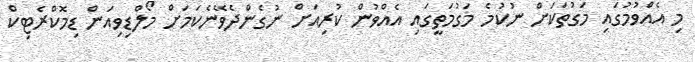
މި އެއްވުމުގައި މަގުތަކަށް ނުކުމެ މަގުމަތީގައި އެއްވުން ކުރިއަށް ނުގެންދެވޭނެކަމަށް މޯލްޑިވިއަން ޑިމޮކްރެޓިކް